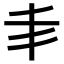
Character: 𠂖